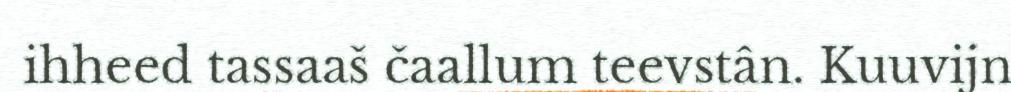
ihheed tassaaš čaallum teevstân. Kuuvijn